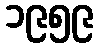
၁၉၅၉